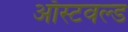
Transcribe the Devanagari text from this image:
ऑस्टवल्ड